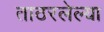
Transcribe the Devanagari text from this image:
ताठरलेल्या